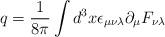
LaTeX: \begin{align*}q = \frac{1}{8 \pi} \int d^3 x \epsilon_{\mu \nu \lambda} \partial_{\mu}F_{\nu \lambda}\end{align*}